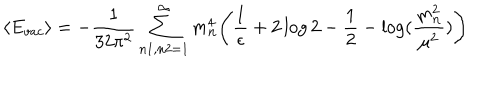
\langle E _ { v a c } \rangle = - { \frac { 1 } { 3 2 \pi ^ { 2 } } } \sum _ { n 1 , n 2 = 1 } ^ { \infty } m _ { \bf n } ^ { 4 } \Bigg ( { \frac { 1 } { \epsilon } } + 2 \log 2 - { \frac { 1 } { 2 } } - \log ( { \frac { m _ { \bf n } ^ { 2 } } { \mu ^ { 2 } } } ) \Bigg )